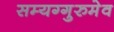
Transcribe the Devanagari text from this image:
सम्यग्गुरुमेव